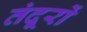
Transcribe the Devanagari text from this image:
तंदूरों